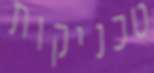
טכניקות